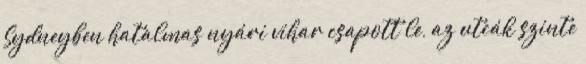
Sydneyben hatalmas nyári vihar csapott le, az utcák szinte